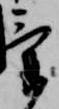
気